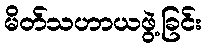
မိတ်သဟာယဖွဲ့ခြင်း